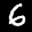
Label: 6